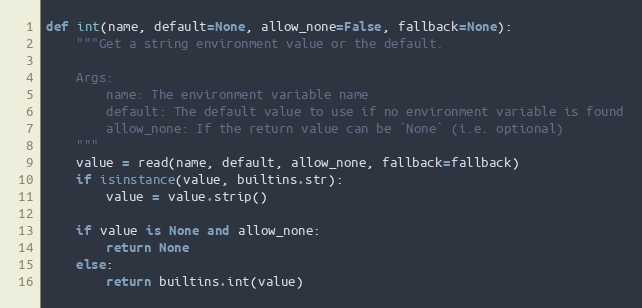
Language: Python
def int(name, default=None, allow_none=False, fallback=None):
    """Get a string environment value or the default.

    Args:
        name: The environment variable name
        default: The default value to use if no environment variable is found
        allow_none: If the return value can be `None` (i.e. optional)
    """
    value = read(name, default, allow_none, fallback=fallback)
    if isinstance(value, builtins.str):
        value = value.strip()

    if value is None and allow_none:
        return None
    else:
        return builtins.int(value)